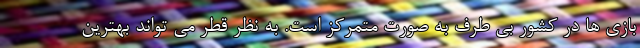
بازی ها در کشور بی طرف به صورت متمرکز است. به نظر قطر می تواند بهترین